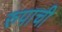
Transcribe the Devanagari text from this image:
रुपाची